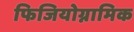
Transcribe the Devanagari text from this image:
फिजियोग्नामिक